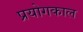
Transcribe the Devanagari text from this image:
प्रयोगकाल